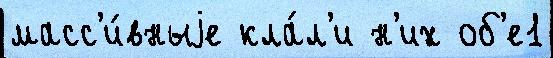
масс'и́вныjе кла́л'и н'их об'е1